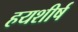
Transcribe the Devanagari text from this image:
हयशीर्ष